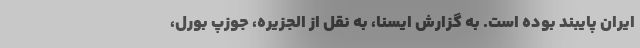
ایران پایبند بوده است. به گزارش ایسنا، به نقل از الجزیره، جوزپ بورل،